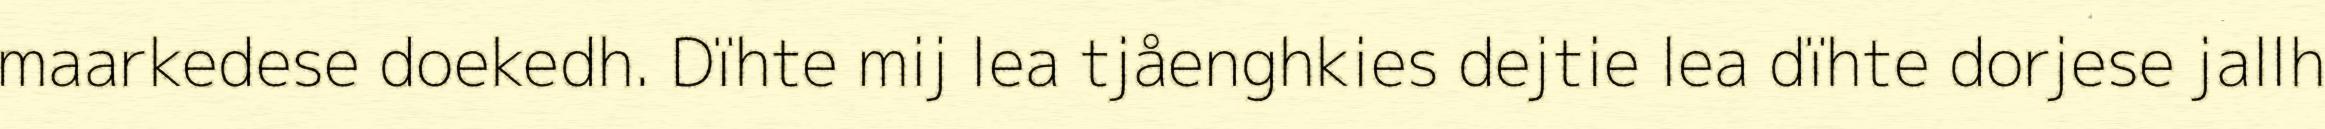
maarkedese doekedh. Dïhte mij lea tjåenghkies dejtie lea dïhte dorjese jallh